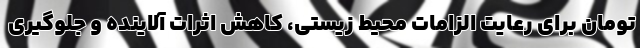
تومان برای رعایت الزامات محیط زیستی، کاهش اثرات آلاینده و جلوگیری